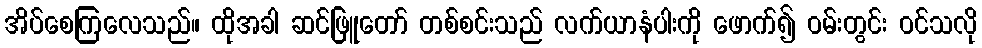
အိပ်စေကြလေသည်။ ထိုအခါ ဆင်ဖြူတော် တစ်စင်းသည် လက်ယာနံပါးကို ဖောက်၍ ဝမ်းတွင်း ဝင်သလို